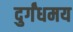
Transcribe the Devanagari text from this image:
दुर्गंधमय